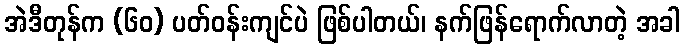
အဲဒီတုန်က (၆၀) ပတ်ဝန်းကျင်ပဲ ဖြစ်ပါတယ်၊ နက်ဖြန်ရောက်လာတဲ့ အခါ